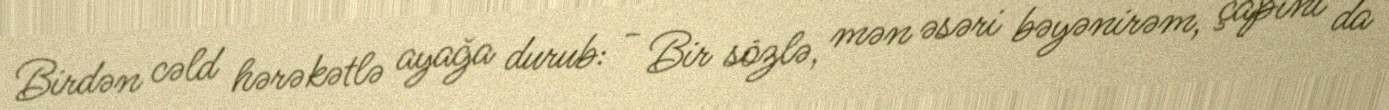
Birdən cəld hərəkətlə ayağa durub: - Bir sözlə, mən əsəri bəyənirəm, çapını da